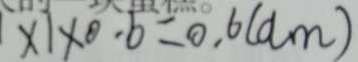
\times 1 \times 0 . 6 = 0 . 6 ( a m )